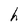
Character: h